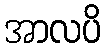
အာလပိ